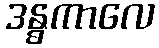
ဒန္ဓကာလေ